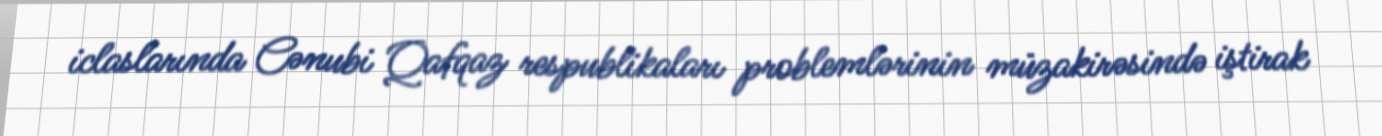
iclaslarında Cənubi Qafqaz respublikaları problemlərinin müzakirəsində iştirak